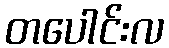
တပေါင်းလ